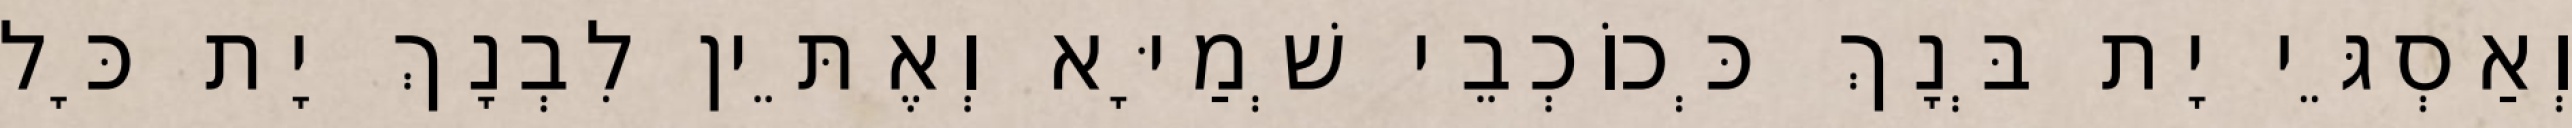
וְאַסְגֵּי יָת בְּנָךְ כְּכוֹכְבֵי שְׁמַיָּא וְאֶתֵּין לִבְנָךְ יָת כָּל